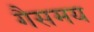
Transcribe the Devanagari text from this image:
गैसमय